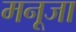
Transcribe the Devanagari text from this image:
मनूजा